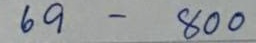
69 - 800